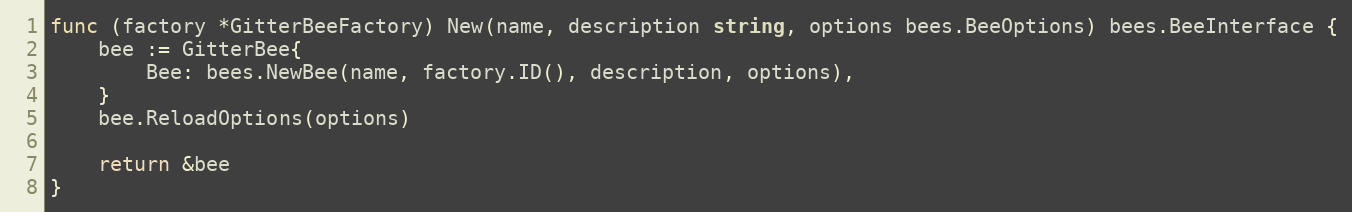
Language: Go
func (factory *GitterBeeFactory) New(name, description string, options bees.BeeOptions) bees.BeeInterface {
	bee := GitterBee{
		Bee: bees.NewBee(name, factory.ID(), description, options),
	}
	bee.ReloadOptions(options)

	return &bee
}